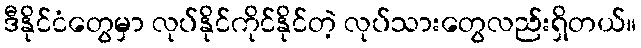
ဒီနိုင်ငံတွေမှာ လုပ်နိုင်ကိုင်နိုင်တဲ့ လုပ်သားတွေလည်းရှိတယ်။